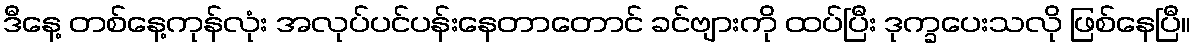
ဒီနေ့ တစ်နေ့ကုန်လုံး အလုပ်ပင်ပန်းနေတာတောင် ခင်ဗျားကို ထပ်ပြီး ဒုက္ခပေးသလို ဖြစ်နေပြီ။